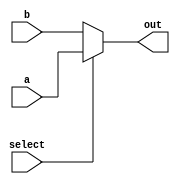
module conditional_assignment (
    input wire [3:0] a,      // 4-bit input signal a
    input wire [3:0] b,      // 4-bit input signal b
    input wire select,        // 1-bit select signal for condition
    output wire [3:0] out     // 4-bit output signal
);

// Conditional continuous assignment using the ternary operator
assign out = (select) ? a : b;

endmodule